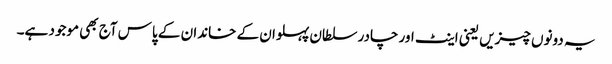
یہ دونوں چیزیں یعنی اینٹ اور چادر سلطان پہلوان کے خاندان کے پاس آج بھی موجود ہے۔